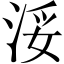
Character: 浽